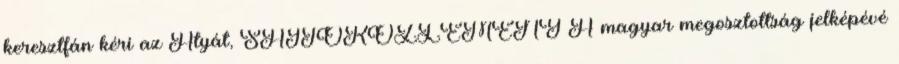
keresztfán kéri az Atyát, SAJTÓKÖZLEMÉNY A magyar megosztottság jelképévé